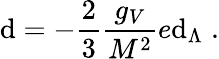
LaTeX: \mathrm{d}=-{\frac{{2}}{{3}}}{\frac{{g_{V}}}{{M^{2}}}}e\mathrm{d}_{\Lambda}\; .